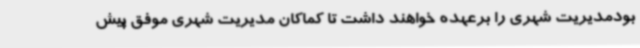
بودمدیریت شهری را برعهده خواهند داشت تا کماکان مدیریت شهری موفق پیش